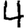
Digit: 4